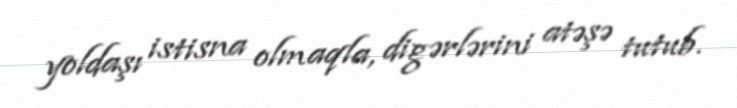
yoldaşı istisna olmaqla, digərlərini atəşə tutub.